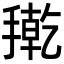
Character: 𭢇